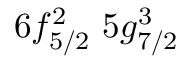
6 f _ { 5 / 2 } ^ { 2 } \, \, 5 g _ { 7 / 2 } ^ { 3 }